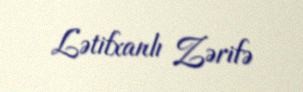
Lətifxanlı Zərifə